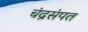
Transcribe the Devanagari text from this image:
चंद्रसंपत